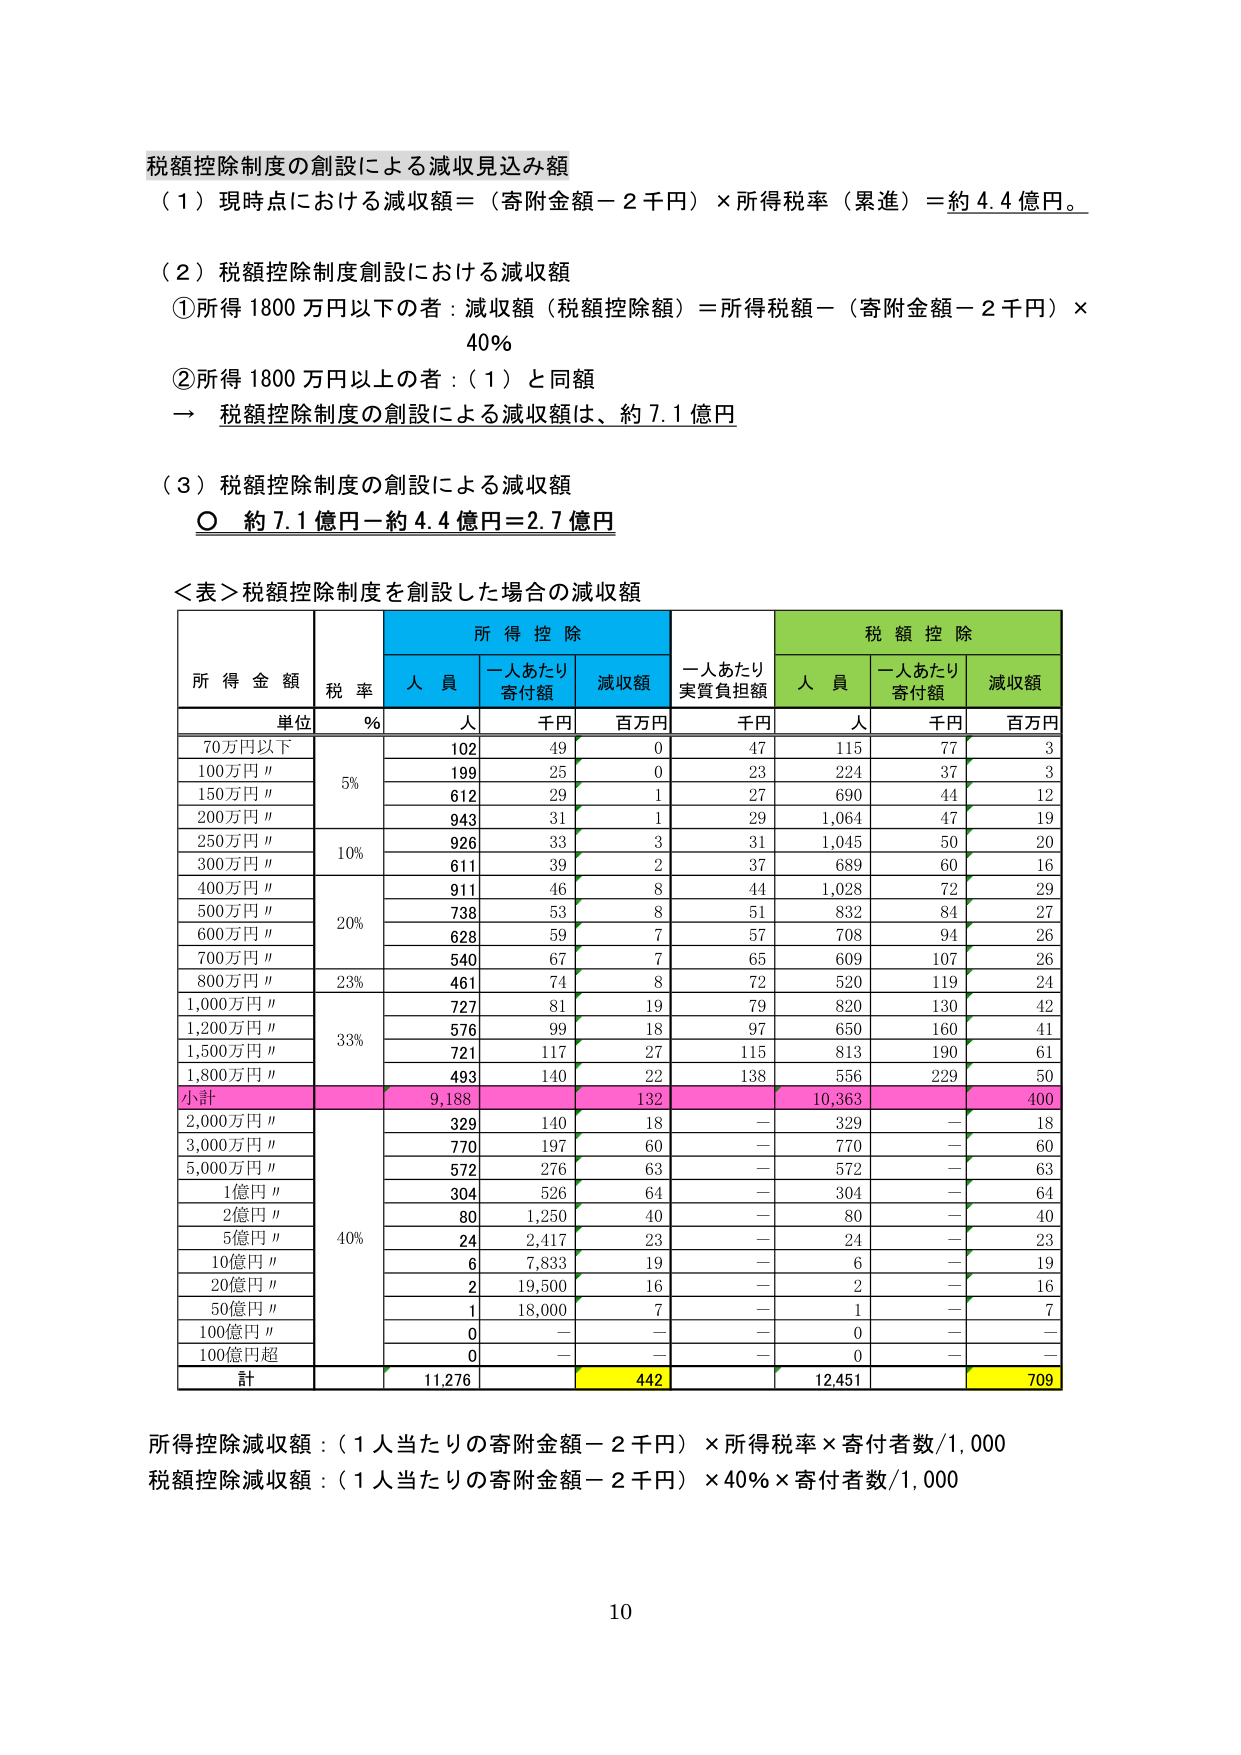
税額控除制度の創設による減収見込み額
（１）現時点における減収額＝（寄附金額－２千円）×所得税率（累進）＝約４.４億円。

（２）税額控除制度創設における減収額
①所得１８００万円以下の者：減収額（税額控除額）＝所得税額－（寄附金額－２千円）×４０％
②所得１８００万円以上の人：（１）と同額
→ 税額控除制度の創設による減収額は、約７.１億円

（３）税額控除制度の創設による減収額
○ 約７.１億円－約４.４億円＝２.７億円

＜表＞税額控除制度を創設した場合の減収額

| 所得金額 | 税率 | 所得控除 | 一人あたり実質負担額 | 税額控除 |
|----------|------|----------|----------------------|----------|
|          |      | 人員     | 一人あたり寄付額     | 減収額   |          | 人員     | 一人あたり寄付額     | 減収額   |
| 単位     | ％   | 人       | 千円                 | 百万円   | 千円     | 人       | 千円                 | 百万円   |
| 70万円以下 |      | 102      | 49                   | 0        | 47       | 115      | 77                   | 3        |
| 100万円〃  | 5％  | 199      | 25                   | 0        | 23       | 224      | 37                   | 3        |
| 150万円〃  |      | 612      | 29                   | 1        | 27       | 690      | 44                   | 12       |
| 200万円〃  |      | 943      | 31                   | 1        | 29       | 1,064    | 47                   | 19       |
| 250万円〃  | 10％ | 926      | 33                   | 3        | 31       | 1,045    | 50                   | 20       |
| 300万円〃  |      | 611      | 39                   | 2        | 37       | 689      | 60                   | 16       |
| 400万円〃  |      | 911      | 46                   | 8        | 44       | 1,028    | 72                   | 29       |
| 500万円〃  | 20％ | 738      | 53                   | 8        | 51       | 832      | 84                   | 27       |
| 600万円〃  |      | 628      | 59                   | 7        | 57       | 708      | 94                   | 26       |
| 700万円〃  |      | 540      | 67                   | 7        | 65       | 609      | 107                  | 26       |
| 800万円〃  | 23％ | 461      | 74                   | 8        | 72       | 520      | 119                  | 24       |
| 1,000万円〃 |      | 727      | 81                   | 19       | 79       | 820      | 130                  | 42       |
| 1,200万円〃 | 33％ | 576      | 99                   | 18       | 97       | 650      | 160                  | 41       |
| 1,500万円〃 |      | 721      | 117                  | 27       | 115      | 813      | 190                  | 61       |
| 1,800万円〃 |      | 493      | 140                  | 22       | 138      | 556      | 229                  | 50       |
| 小計       |      | 9,188    |                      | 132      |          | 10,363   |                      | 400      |
| 2,000万円〃 |      | 329      | 140                  | 18       | —        | 329      | —                    | 18       |
| 3,000万円〃 |      | 770      | 197                  | 60       | —        | 770      | —                    | 60       |
| 5,000万円〃 |      | 572      | 276                  | 63       | —        | 572      | —                    | 63       |
| 1億円〃    | 40％ | 304      | 526                  | 64       | —        | 304      | —                    | 64       |
| 2億円〃    |      | 80       | 1,250                | 40       | —        | 80       | —                    | 40       |
| 5億円〃    |      | 24       | 2,417                | 23       | —        | 24       | —                    | 23       |
| 10億円〃   |      | 6        | 7,833                | 19       | —        | 6        | —                    | 19       |
| 20億円〃   |      | 2        | 19,500               | 16       | —        | 2        | —                    | 16       |
| 50億円〃   |      | 1        | 18,000               | 7        | —        | 1        | —                    | 7        |
| 100億円〃  |      | 0        | —                    | —        | —        | 0        | —                    | —        |
| 100億円超  |      | 0        | —                    | —        | —        | 0        | —                    | —        |
| 計         |      | 11,276   |                      | 442      |          | 12,451   |                      | 709      |

所得控除減収額：（１人当たりの寄附金額－２千円）×所得税率×寄付者数/1,000
税額控除減収額：（１人当たりの寄附金額－２千円）×40％×寄付者数/1,000

10